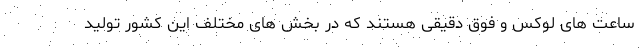
ساعت های لوکس و فوق دقیقی هستند که در بخش های مختلف این کشور تولید